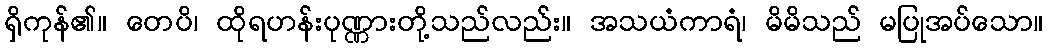
ရှိကုန်၏။ တေပိ၊ ထိုရဟန်းပုဏ္ဏားတို့သည်လည်း။ အသယံကာရံ၊ မိမိသည် မပြုအပ်သော။